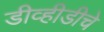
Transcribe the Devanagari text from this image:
डीव्हीडीचे